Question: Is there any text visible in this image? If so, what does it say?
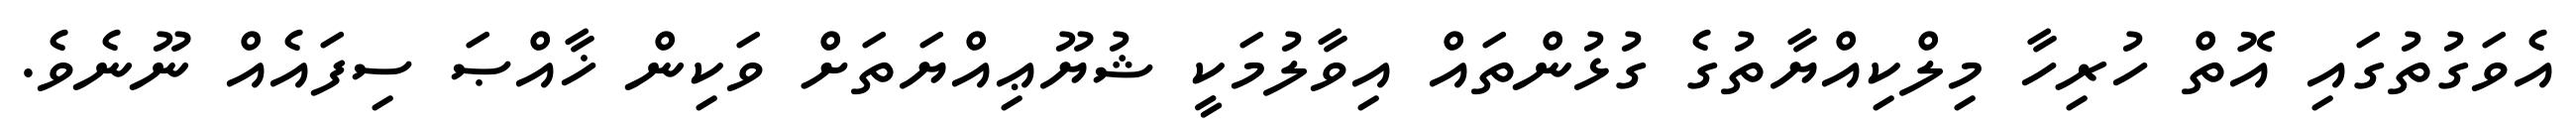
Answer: އެވަގުތުގައި އޮތް ހުރިހާ މިލްކިއްޔާތުގެ ގުޅުންތައް އިވާލުމަކީ ޝުޔޫޢިއްޔަތަށް ވަކިން ޚާއްޞަ ސިފައެއް ނޫނެވެ.